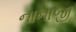
નાનાજી